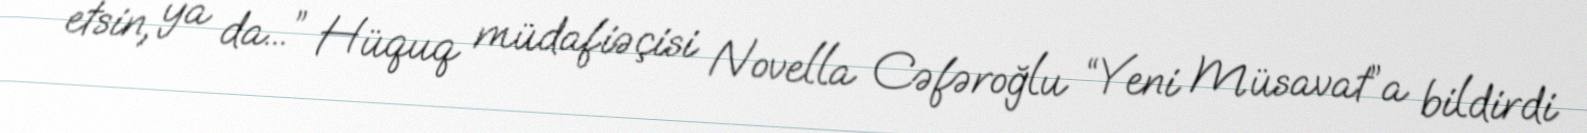
etsin, ya da...” Hüquq müdafiəçisi Novella Cəfəroğlu “Yeni Müsavat”a bildirdi